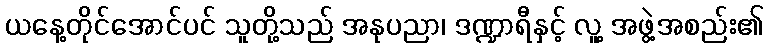
ယနေ့တိုင်အောင်ပင် သူတို့သည် အနုပညာ၊ ဒဏ္ဍာရီနှင့် လူ့ အဖွဲ့အစည်း၏